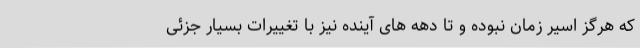
که هرگز اسیر زمان نبوده و تا دهه های آینده نیز با تغییرات بسیار جزئی